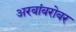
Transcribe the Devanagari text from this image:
अरबांबरोबर